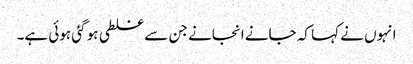
انہوں نے کہا کہ جانے انجانے جن سے غلطی ہو گئی ہوئی ہے۔